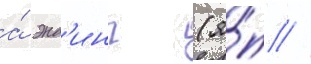
а́ энд'инг (я́п //